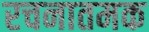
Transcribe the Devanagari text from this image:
रचनातमक